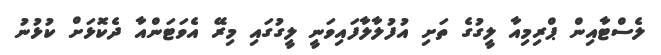
ލެސްޓާއިން ޕްރިމިއާ ލީގުގެ ތަށި އުފުލާލާފައިވަނީ ލީގުގައި މިރޭ އެވަޓަންއާ ދެކޮޅަށް ކުޅުނު